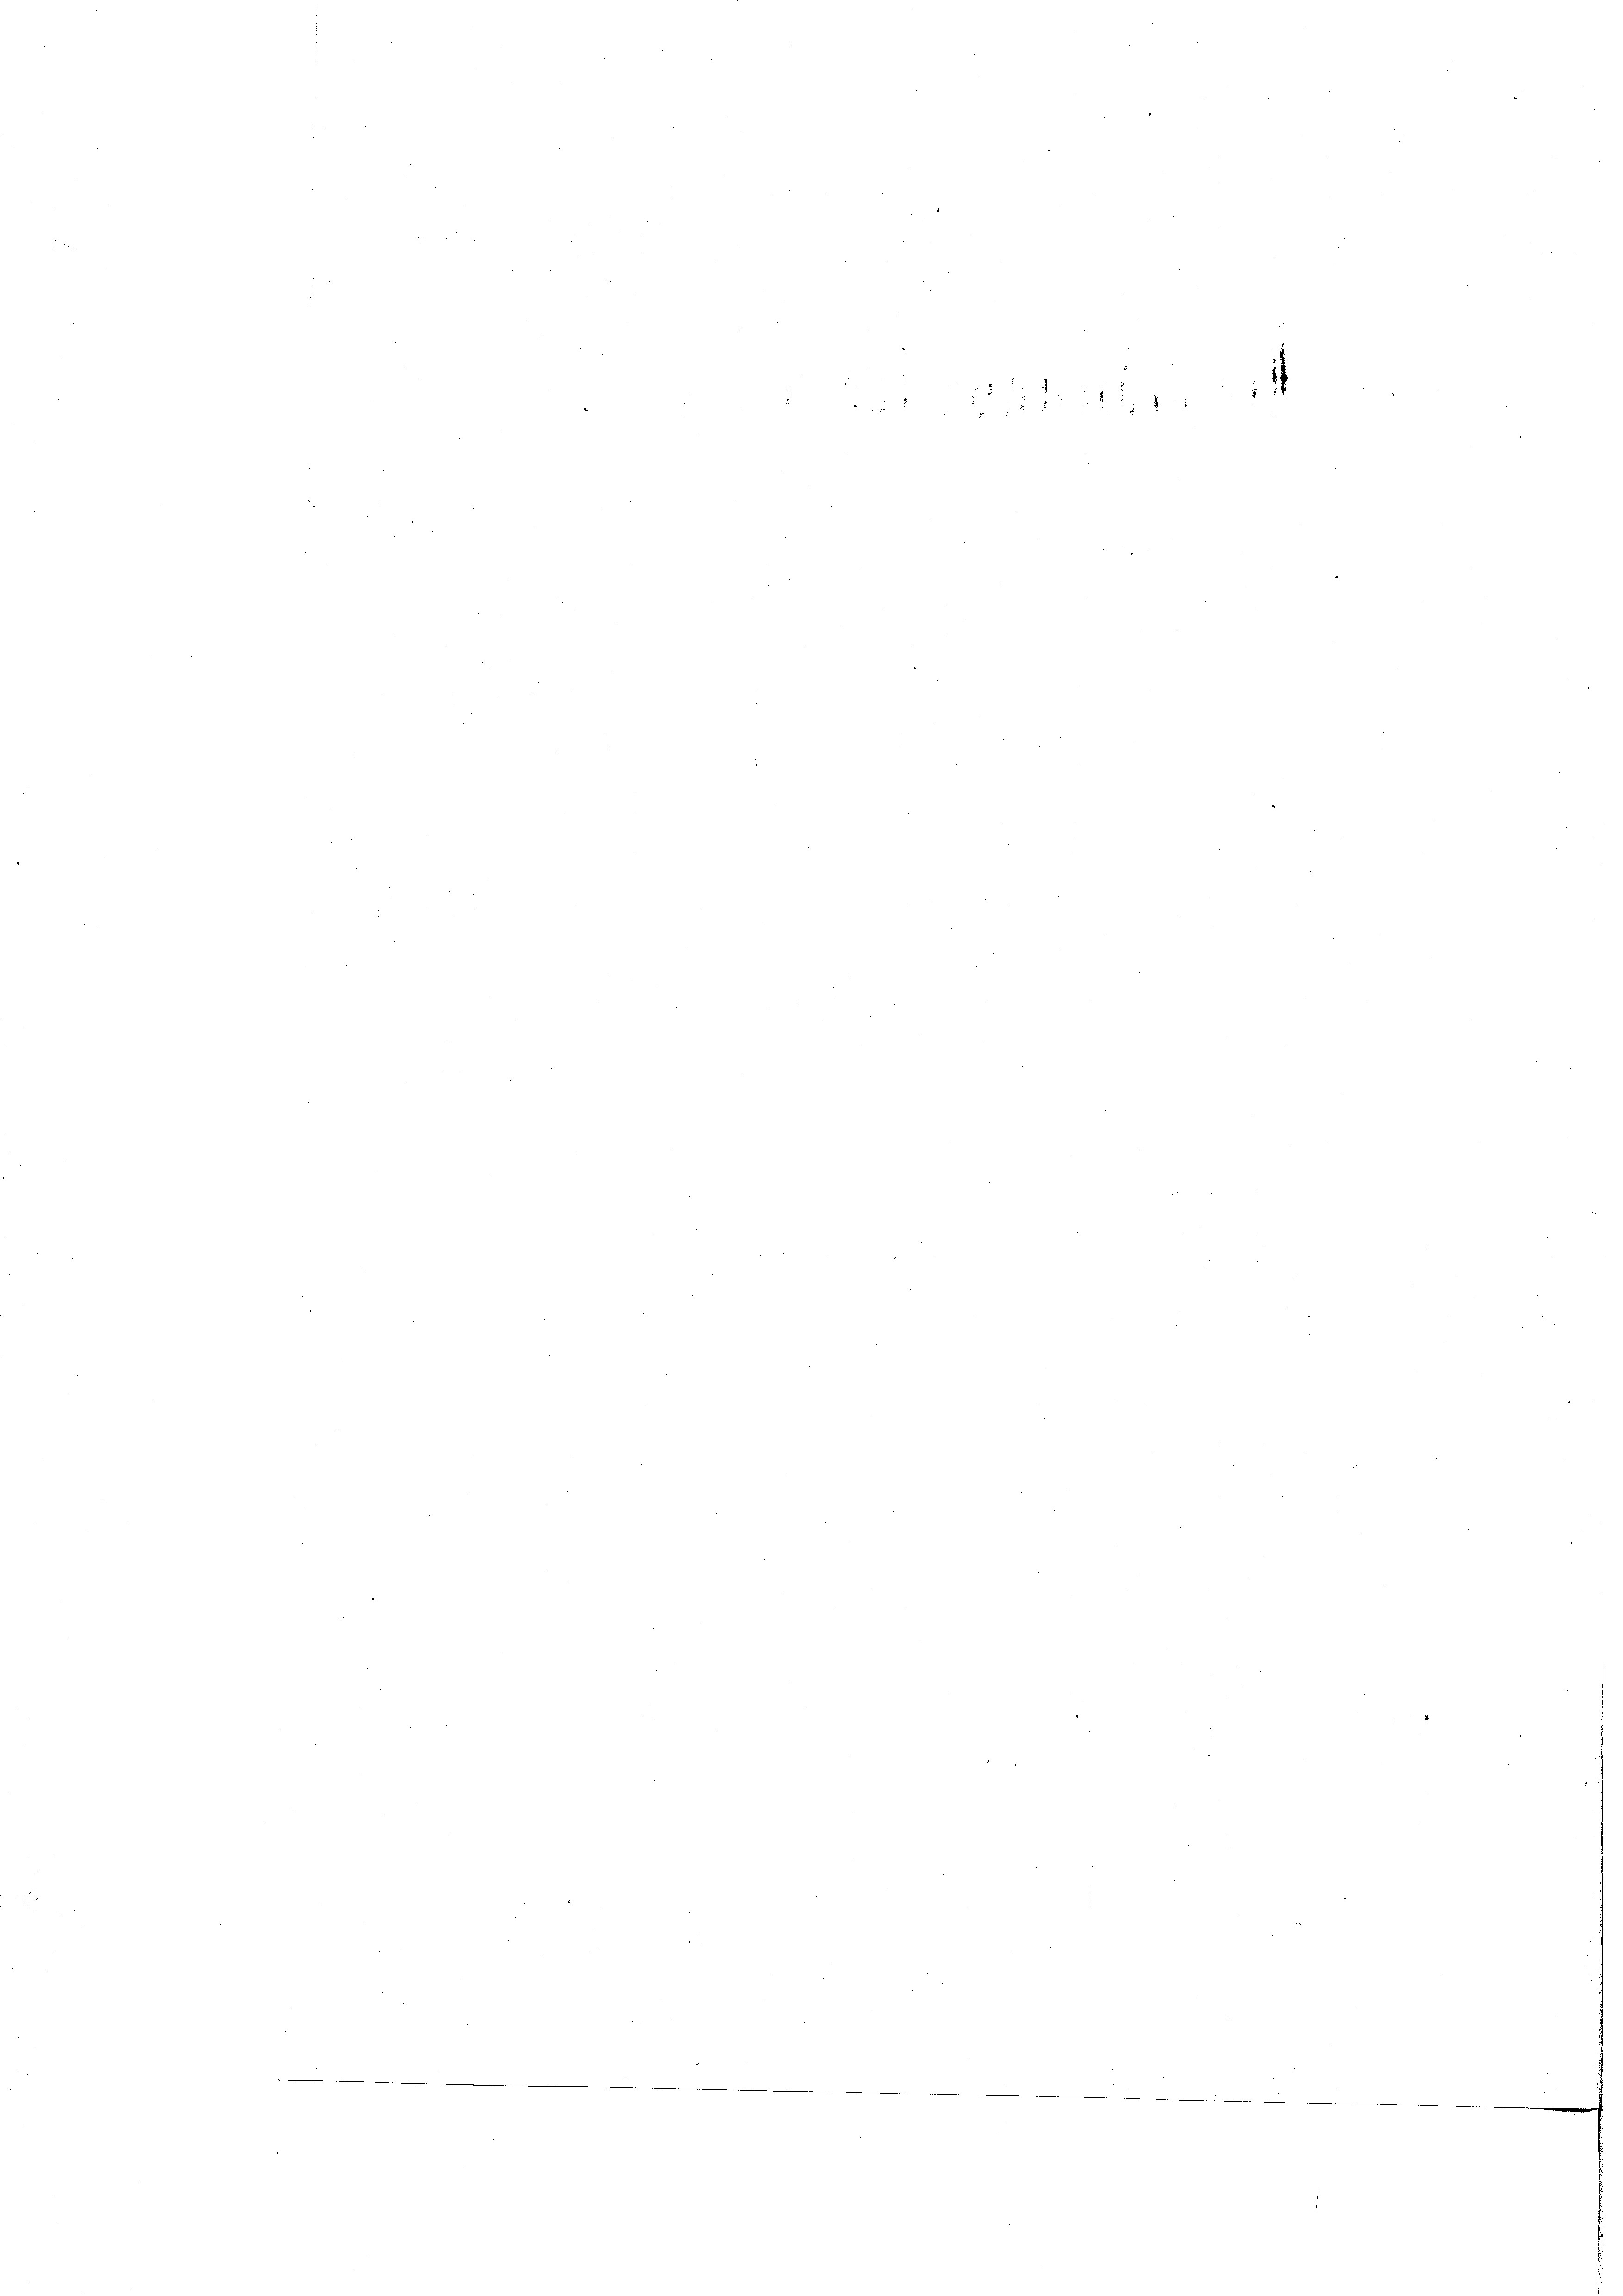
2111 247